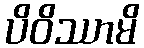
ပိဝိဿာမိ